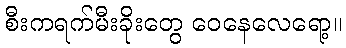
စီးကရက်မီးခိုးတွေ ဝေနေလေရော့။